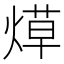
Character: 𬊳